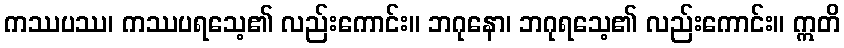
ကဿပဿ၊ ကဿပရသေ့၏ လည်းကောင်း။ ဘဂုနော၊ ဘဂုရသေ့၏ လည်းကောင်း။ ဣတိ